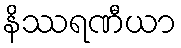
နိဿရဏီယာ